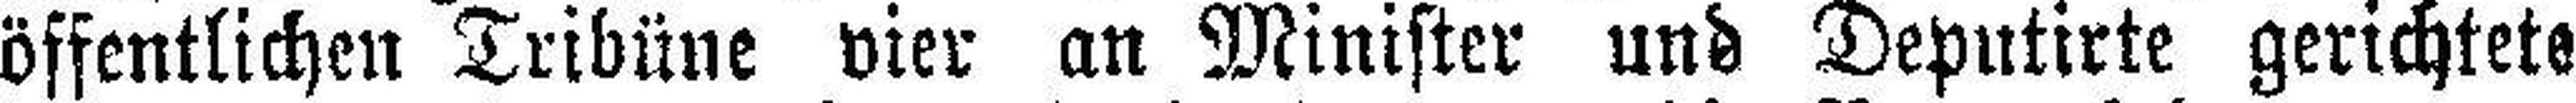
öffentlichen Tribüne vier an Minister und Deputirte gerichtete